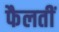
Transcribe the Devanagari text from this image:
फैलतीं